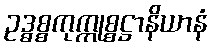
ဥဒ္ဓစ္စကုက္ကုစ္စဋ္ဌာနိယာနံ